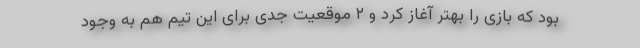
بود که بازی را بهتر آغاز کرد و ۲ موقعیت جدی برای این تیم هم به وجود